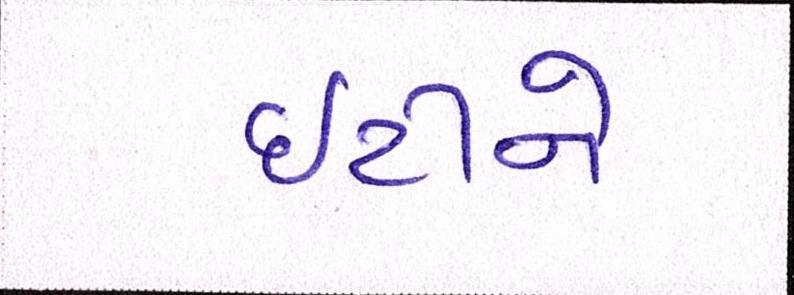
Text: ઇટીને